Veterinary regulations India, 1939 -
Year: 1939
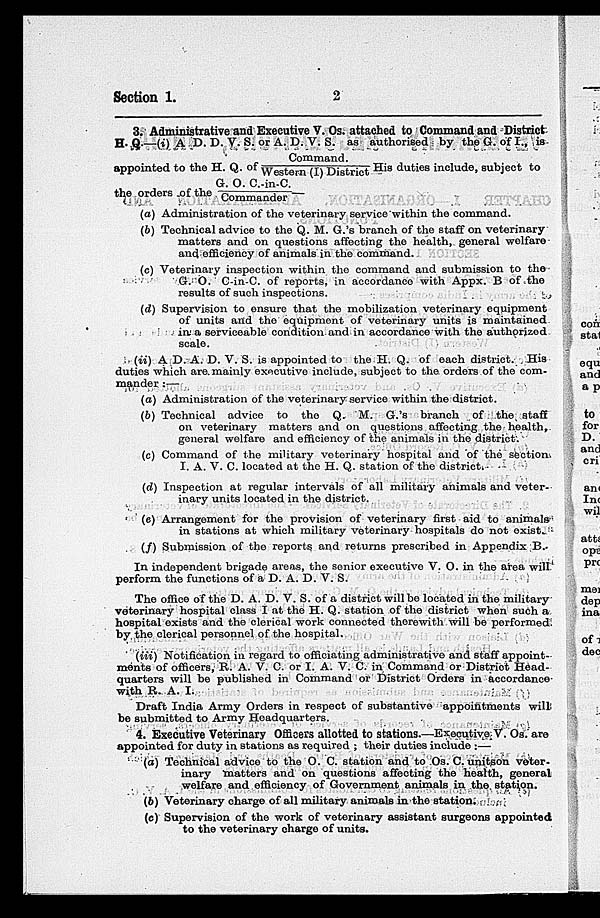
Section 1.
2
3. Administrative and Executive V. Os. attached to Command and District
H. Q.—(i) A D. D. V. S. or A. D. V. S. as authorised by the G. of I., is
Command.
appointed to the H. Q. of Western (I) District His duties include, subject to
G. O. C.-in-C.
the orders of the Commander —
(a) Administration of the veterinary service within the command.
(b) Technical advice to the Q. M. G.'s branch of the staff on veterinary
matters and on questions affecting the health, general welfare
and efficiency of animals in the command.
(c) Veterinary inspection within the command and submission to the
G. O. C-in-C. of reports, in accordance with Appx. B of the
results of such inspections.
(d) Supervision to ensure that the mobilization veterinary equipment
of units and the equipment of veterinary units is maintained
in a serviceable condition and in accordance with the authorized
scale.
(ii) A D. A. D. V. S. is appointed to the H. Q. of each district. His
duties which are. mainly executive include, subject to the orders of the com-
mander :—
(a) Administration of the veterinary service within the district.
(b) Technical advice to the Q. M. G.'s branch of the staff
on veterinary matters and on questions affecting the health,
general welfare and efficiency of the animals in the district.
(c) Command of the military veterinary hospital and of the section.
I. A. V. C. located at the H. Q. station of the district.
(d) Inspection at regular intervals of all military animals and veter-
inary units located in the district.
(e) Arrangement for the provision of veterinary first aid to animals
in stations at which military veterinary hospitals do not exist.
(f) Submission of the reports and returns prescribed in Appendix B.
In independent brigade areas, the senior executive V. O. in the area will
perform the functions of a D. A. D. V. S.
The office of the D. A. D. V. S. of a district will be located in the military
veterinary hospital class I at the H. Q. station of the district when such a
hospital exists and the clerical work connected therewith will be performed,
by the clerical personnel of the hospital.
(iii) Notification in regard to officiating administrative and staff appoint-
ments of officers, R. A. V. C. or I. A. V. C. in Command or District Head-
quarters will be published in Command or District Orders in accordance
with R. A. I.
Draft India Army Orders in respect of substantive appointments will
be submitted to Army Headquarters.
4. Executive Veterinary Officers allotted to stations.—Executive V. Os. are
appointed for duty in stations as required ; their duties include :—
(a) Technical advice to the O. C. station and to Os. C. unitson veter-
inary matters and on questions affecting the health, general
welfare and efficiency of Government animals in the station.
(b) Veterinary charge of all military animals in the station.
(c) Supervision of the work of veterinary assistant surgeons appointed
to the veterinary charge of units.